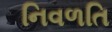
નિવળતિ